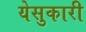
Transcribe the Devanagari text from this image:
येसुकारी